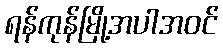
ရန်ကုန်မြို့အပါအဝင်